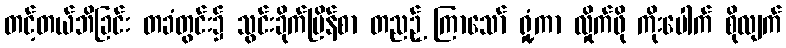
တင့်တယ်ဘိခြင်း တခံတွင်း၌ သွင်းခိုက်မြိန်စာ တညဉ့် ကြာသော် ရှုံ့ကာ လှိုက်ဖို ကိုးပေါက် စိုလျက်